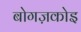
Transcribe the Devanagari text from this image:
बोगज़कोइ